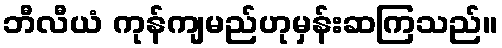
ဘီလီယံ ကုန်ကျမည်ဟုမှန်းဆကြသည်။